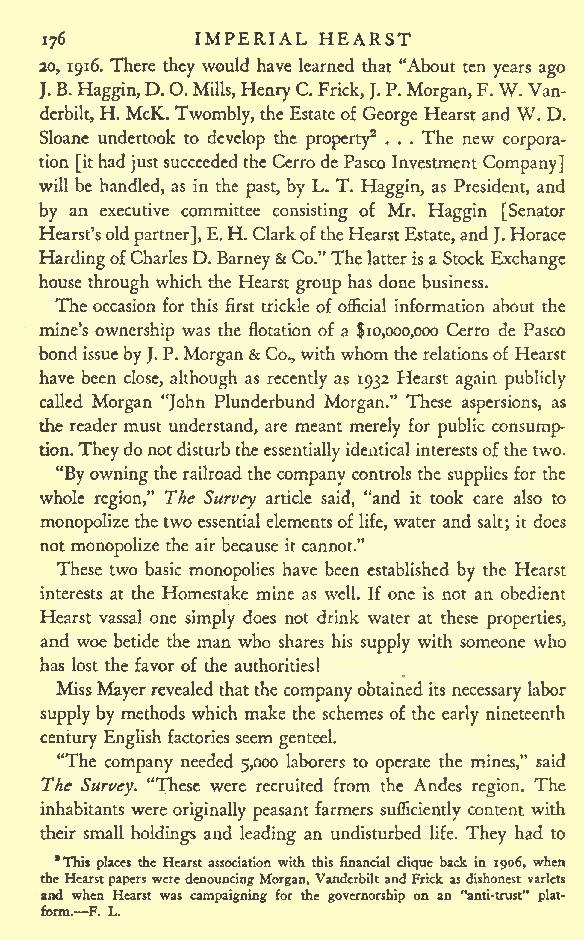
IMPERIAL HEARST
 176
 20, 1916. There they would have learned that "About ten years ago
 J.B.Haggin,D.O.Mills,HenryC.Frick,J.P.Morgan,F.W.Van-
 derbilt, H. McK. Twombly, theEstateof George Hearst and W. D.
 Sloane undertook to develop the property2 . . . The new corpora-
 tion [ithad justsucceededthe CerrodePasco Investment Company]
 will be handled, as in the past, by L. T. Haggin, as President, and
 by an executive committee consisting of Mr. Haggin [Senator
 Hearst'sold partner],E.H.ClarkoftheHearstEstate,and J.Horace
 HardingofCharlesD. Barney&Co."Thelatterisa Stock Exchange
 house through which the Hearst group has done business.
 The occasion for this first trickle of official information about the
 mine's ownership was the flotation of a $10,000,000 Cerro de Pasco
 bondissuebyJ.P.Morgan& Co.,withwhom the relationsof Hearst
 have been close, although as recently as 1932 Hearst again publicly
 called Morgan "John Plunderbund Morgan." These aspersions, as
 the reader must understand, are meant merely for public consump-
 tion.Theydonotdisturbthe essentiallyidentical interestsofthe two.
 "Byowningtherailroadthe company controls the supplies for the
 whole region," The Survey article said, "and it took care also to
 monopolize thetwo essential elementsoflife, water and salt; it does
 not monopolize the air because it cannot."
 These two basic monopolies have been established by the Hearst
 interests at the Homestake mine as well. If one is not an obedient
 Hearst vassal one simply does not drink water at these properties,
 and woe betide the man who shares his supply with someone who
 has lost the favor of the authorities!
 MissMayerrevealed thatthe companyobtained its necessary labor
 supply by methods which make the schemes of the early nineteenth
 century Englishfactories seem genteel.
 "The company needed 5,000 laborers to operate the mines," said
 The Survey. "These were recruited from the Andes region. The
 inhabitants were originally peasant farmers sufficiently content with
 their small holdings and leading an undisturbed life. They had to
 "This places the Hearst association with this financial clique back in 1906, when
 theHearstpapers weredenouncingMorgan, VanderbiltandFrick asdishonest varlets
 and when Hearst was campaigning for the governorship on an "anti-trust" plat-
 form. F. L.